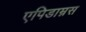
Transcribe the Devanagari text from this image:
एपिडाम्नस